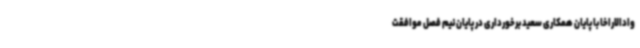
وادالاراخا با پایان همکاری سعید برخورداری در پایان نیم فصل موافقت